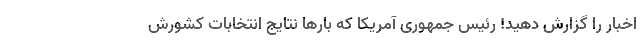
اخبار را گزارش دهید! رئیس جمهوری آمریکا که بارها نتایج انتخابات کشورش